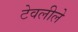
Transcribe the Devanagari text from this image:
टेवलीले